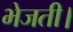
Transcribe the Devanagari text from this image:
भेजती।